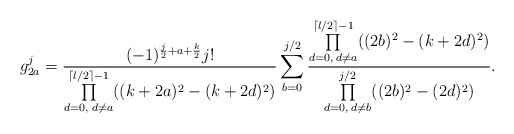
\begin{align*}g_{2a}^j=\frac{(-1)^{\frac{j}{2}+a+\frac{k}{2}}j!}{\prod\limits_{d=0,\;d\neq a}^{\lceil l/2\rceil-1}((k+2a)^2-(k+2d)^2)}\sum_{b=0}^{j/2}\frac{\prod\limits_{d=0,\;d\neq a}^{\lceil l/2\rceil-1}((2b)^2-(k+2d)^2)}{\prod\limits_{d=0,\;d\neq b}^{j/2}((2b)^2-(2d)^2)}.\end{align*}